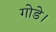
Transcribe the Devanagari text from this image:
गोडे।